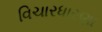
વિચારધારણા